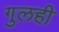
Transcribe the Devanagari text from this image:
गुलही